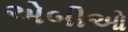
એબીઓ